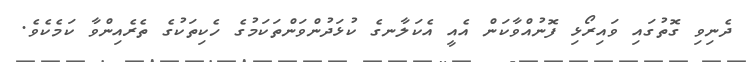
ދެނިވި ގޮތުގައި ވައިރޯޅި ފޮނުއްވާކަން އެއީ އެކަލާނގެ ކުޅަދުންވަންތަކަމުގެ ހެކިތަކުގެ ތެރެއިންވާ ކަމެކެވެ.